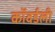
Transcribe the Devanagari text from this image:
कॉवर्डली